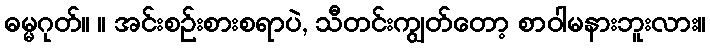
ဓမ္မဂုတ်။ ။ အင်းစဉ်းစားစရာပဲ, သီတင်းကျွတ်တော့ စာဝါမနားဘူးလား။